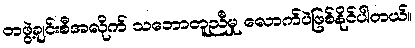
တဖွဲ့ချင်းစီအလိုက် သဘောတူညီမှု လောက်ပဲဖြစ်နိုင်ပါတယ်။